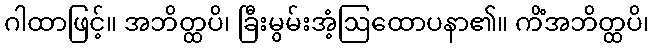
ဂါထာဖြင့်။ အဘိတ္ထပိ၊ ခြီးမွမ်းအံ့ဩထောပနာ၏။ ကိံအဘိတ္ထပိ၊